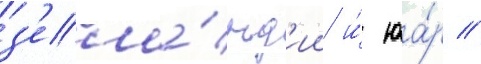
з'ела́нд'ии и́ юа́р //